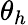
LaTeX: \theta_{h}